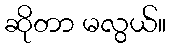
ဆိုတာ မလွယ်။